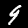
Digit: 9